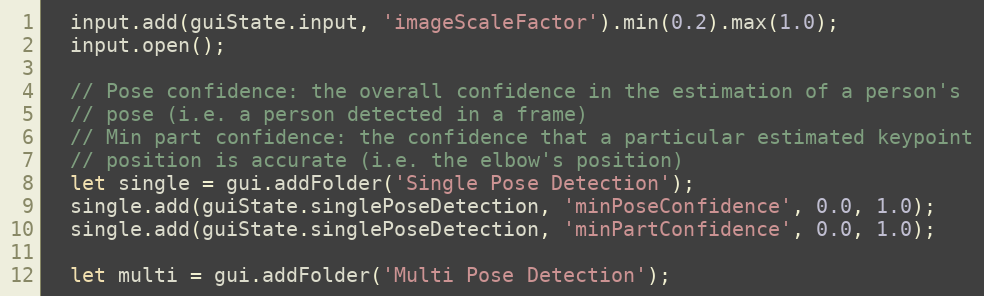
Language: JavaScript
  input.add(guiState.input, 'imageScaleFactor').min(0.2).max(1.0);
  input.open();

  // Pose confidence: the overall confidence in the estimation of a person's
  // pose (i.e. a person detected in a frame)
  // Min part confidence: the confidence that a particular estimated keypoint
  // position is accurate (i.e. the elbow's position)
  let single = gui.addFolder('Single Pose Detection');
  single.add(guiState.singlePoseDetection, 'minPoseConfidence', 0.0, 1.0);
  single.add(guiState.singlePoseDetection, 'minPartConfidence', 0.0, 1.0);

  let multi = gui.addFolder('Multi Pose Detection');